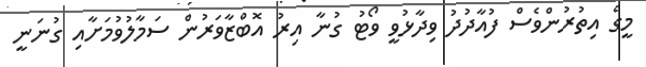
މީގެ އިތުރުންވެސް ފުއާދުދު ވިދާޅުވީ ވޯޓު ގުނާ އިރު އޮބްޒާވަރުން ސަމާލުވުމަށާއި ގުނަނީ